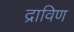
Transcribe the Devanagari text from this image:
द्राविण